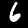
Label: 6